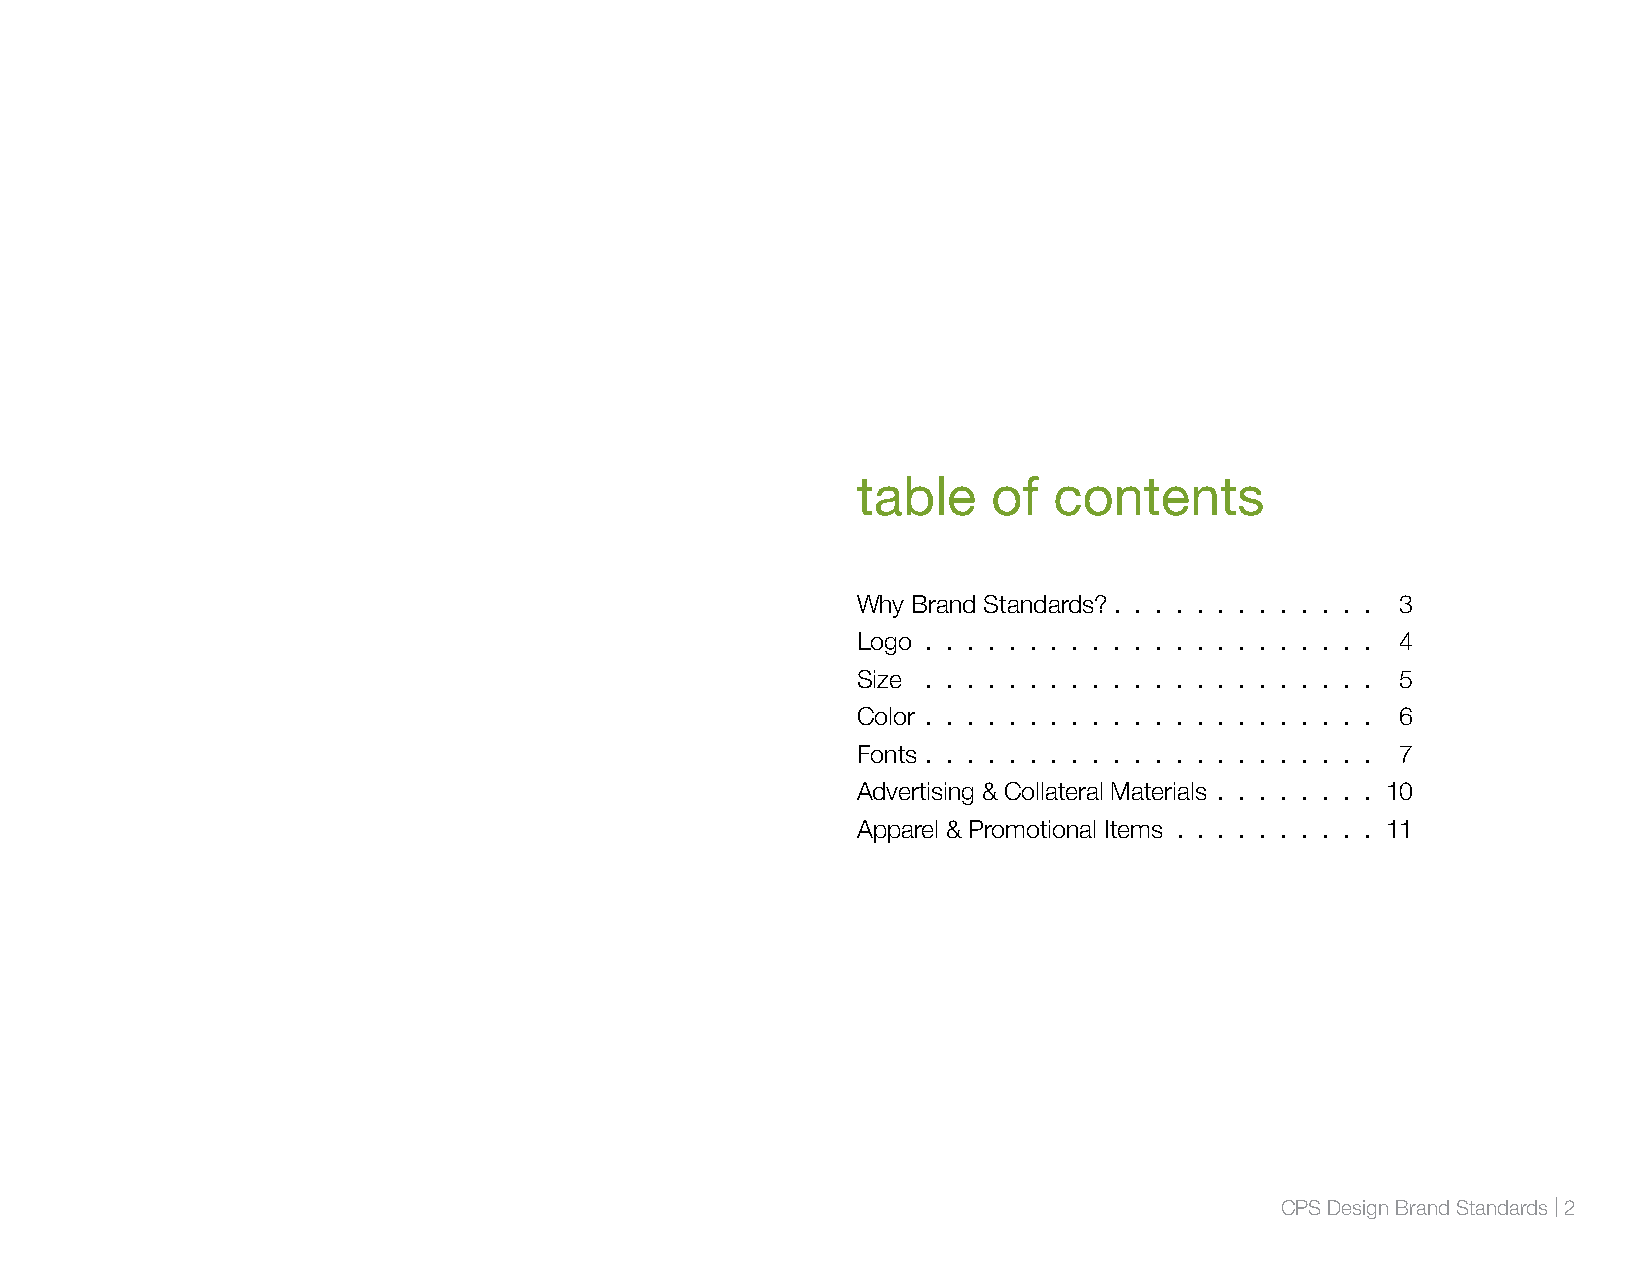
table    of  contents
 Why Brand Standards? .  .  .  .  .  .  .  .  .  .  .  .  . 3
 Logo  .  .  .  .  .  .  .  .  .  .  .  .  .  .  .  .  .  .  .  .  .  . 4
 Size  .  .  .  .  .  .  .  .  .  .  .  .  .  .  .  .  .  .  .  .  .  . 5
 Color  .  .  .  .  .  .  .  .  .  .  .  .  .  .  .  .  .  .  .  .  .  . 6
 Fonts  .  .  .  .  .  .  .  .  .  .  .  .  .  .  .  .  .  .  .  .  .  . 7
 Advertising & Collateral Materials  .  .  .  .  .  .  .  . 10
 Apparel & Promotional Items  .  .  .  .  .  .  .  .  .  . 11
 CPS Design Brand Standards | 2